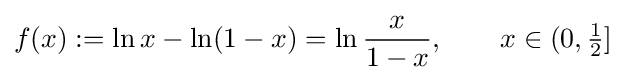
f(x):=\ln x-\ln(1-x)=\ln {\frac {x}{1-x}},\qquad x\in (0,{\tfrac {1}{2}}]